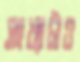
সংখ্যাটাও